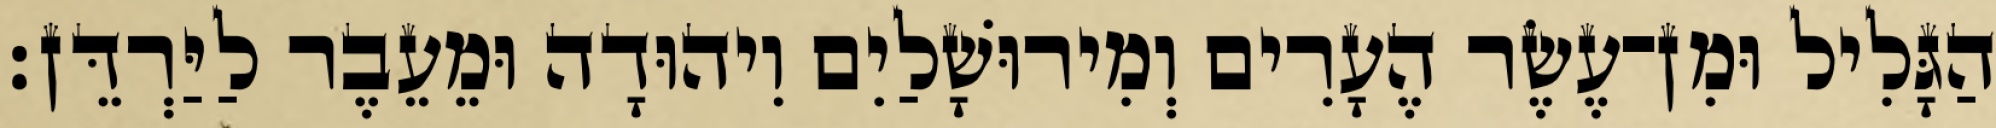
הַגָּלִיל וּמִן־עֶשֶׂר הֶעָרִים וְמִירוּשָׁלַיִם וִיהוּדָה וּמֵעֵבֶר לַיַּרְדֵּן׃